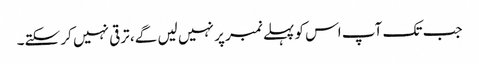
جب تک آپ اس کو پہلے نمبر پر نہیں لیں گے، ترقی نہیں کر سکتے۔